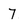
Character: 7